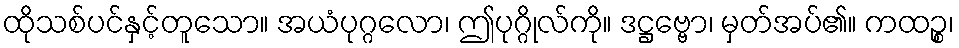
ထိုသစ်ပင်နှင့်တူသော။ အယံပုဂ္ဂလော၊ ဤပုဂ္ဂိုလ်ကို။ ဒဋ္ဌဗ္ဗော၊ မှတ်အပ်၏။ ကထဉ္စ၊